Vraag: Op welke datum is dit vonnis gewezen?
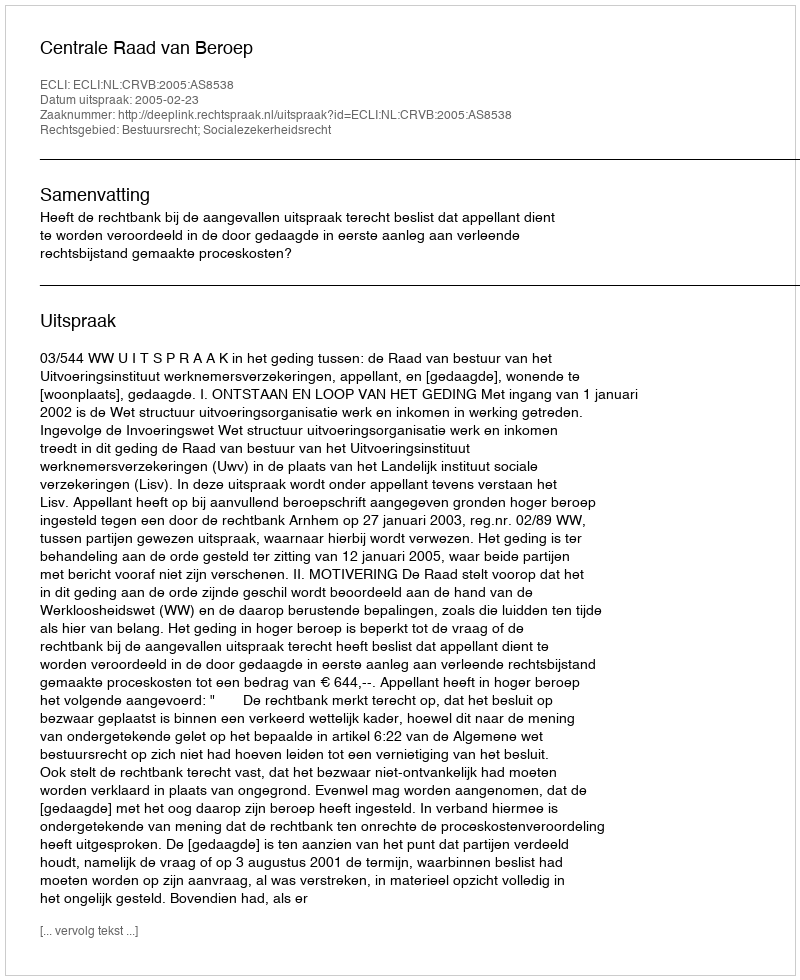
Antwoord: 2005-02-23